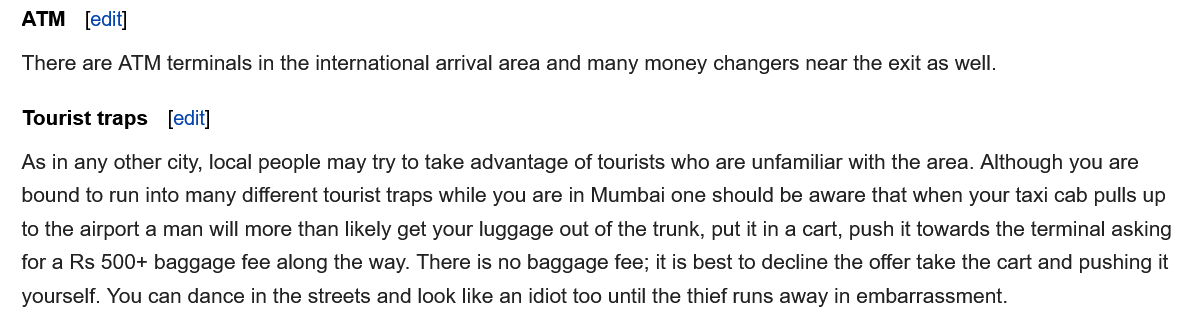
Tourist traps
   ATM
   There are ATM terminals in the international arrival area and many money changers near the exit as well.
   As in any other city, local people may try to take advantage of tourists who are unfamiliar with the area. Although you are
   bound to run into many different tourist traps while you are in Mumbai one should be aware that when your taxi cab pulls up
   to the airport a man will more than likely get your luggage out of the trunk, put it in a cart, push it towards the terminal asking
   for a Rs 500+ baggage fee along the way. There is no baggage fee; it is best to decline the offer take the cart and pushing it
   yourself. You can dance in the streets and look like an idiot too until the thief runs away in embarrassment.
     [edit]
     [edit]